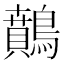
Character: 䴅